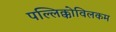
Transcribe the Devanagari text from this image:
पल्लिक्कोविलकम